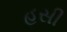
હસી